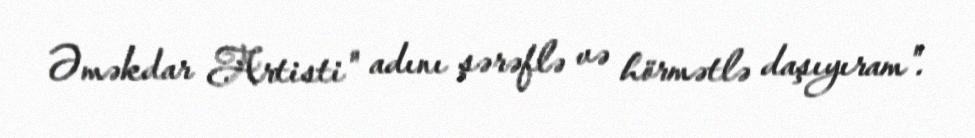
Əməkdar Artisti" adını şərəflə və hörmətlə daşıyıram".